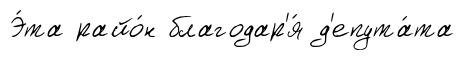
Э́та райо́н благодар'я́ д'епута́та